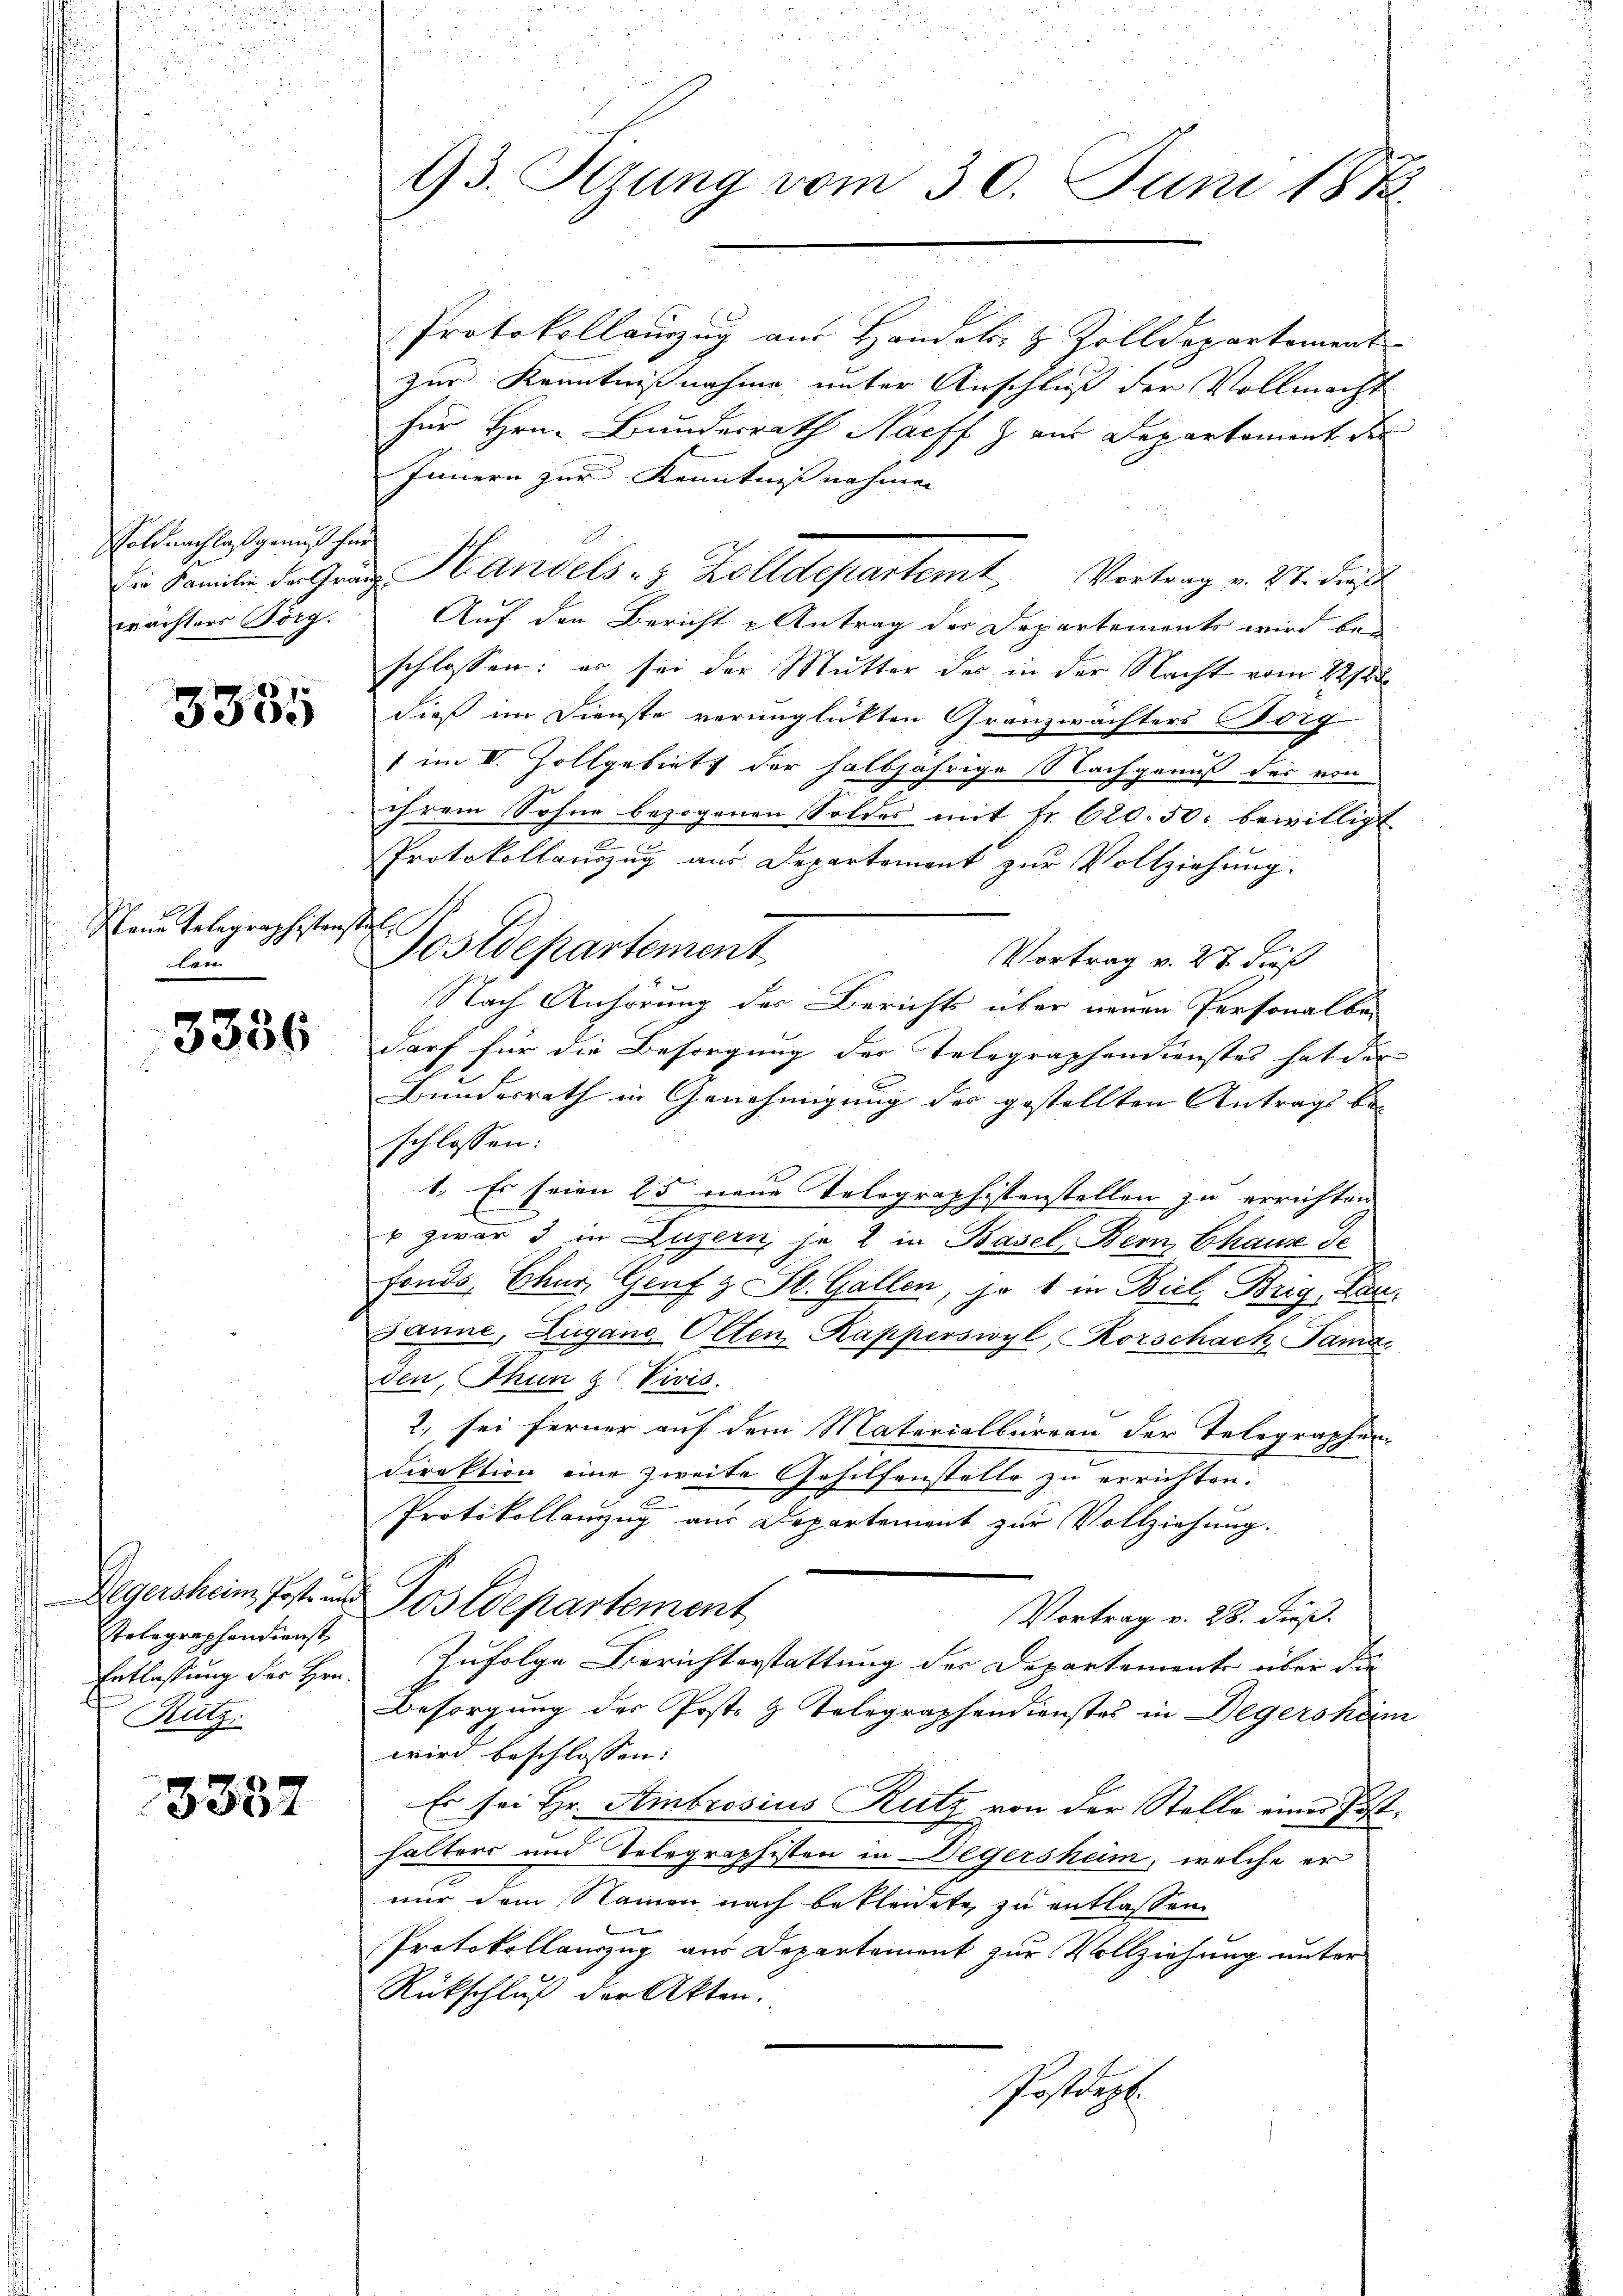
oldnachlaß genuß her
wrächters Börg.

3355

Mann Telegraphistenstel
bern

3336

Stelegraphendienst
Entlassung der Hrn.
Rutz.

3332

93. Sizung vom 30. Juni 1882

Protokollauszug aus Handels- & Zolldepartement
zur Kenntnißnahme unter Anschluß der Vollmacht
für Hrn. Bundesrath Nachf Z. aus Departement der
Innern zur Kenntnißnahmen
Die Familie der Gränz Handels- & Zolldepartemt Vortrag v. 27. dieß
Auf den Bericht Antrag der Departements wird bei
schlossen: er sei der Mutter des in der Nacht vom 22sten
dieß im Dienste verunglückten Granzwächters Borg
1 im II. Zollgebiets der halbjährige Nachgenuß der von
ihrem Sohne bezogenen Soldes mit fr. 620. 50. bewilligt
a
Protokollauszug aus Departement zur Vollziehung.
Postdepartement
Vortrag v. 27 dieß
Nach Anhörung des Berichts über neuen Personalbe-
darf für die Besorgung der Telegraphendienstes hat der
Bundesrath in Genehmigung des gestellten Antrags beschlossen:
1. Es seien 25 neue Telegraphistenstellen zu errichten
u zwar 3 in Luzern je 2 in Basel, Bern, Chaux de
fonds Chur, Genf & St. Gallen, je 1 in Biel Brig, Kansanne, Zugang Olten Kapperswyl, Rorschach Samar
den, Thun z (Vivis.
2., sei ferner auf dem Materialbüreau der Telegraphen
direktion eine zweite Gehilfenstelle zu errichten.
Protokollanzug aus Departement zur Vollziehung.
Degersheim, Post und Postdepartement
Vortrag v. 28. dieß.
Zufolge Berichterstattung der Departemente über die
Besorgung des Poste z. Telegraphendienstes in Degershem
wird beschlossen: |
Es sei Hr. Ambrosius Reitz von der Stelle einer Posthalters und Telegraphisten in Degersheim, welche er
nur dem Namen nach bekleidete zu entlassen
Protokollauszug aus Departement zur Vollziehung unter
Rückschluß der Akten.
Postdept.